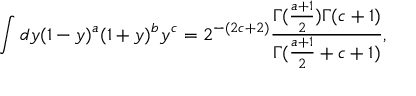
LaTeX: \int d y ( 1 - y ) ^ { a } ( 1 + y ) ^ { b } y ^ { c } = 2 ^ { - ( 2 c + 2 ) } { \frac { \Gamma ( { \frac { a + 1 } { 2 } } ) \Gamma ( c + 1 ) } { \Gamma ( { \frac { a + 1 } { 2 } } + c + 1 ) } } ,